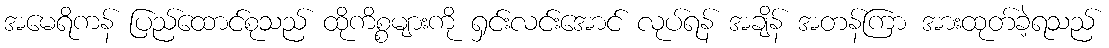
အမေရိကန် ပြည်ထောင်စုသည် ထိုကိစ္စများကို ရှင်းလင်းအောင် လုပ်ရန် အချိန် အတန်ကြာ အားထုတ်ခဲ့ရသည်